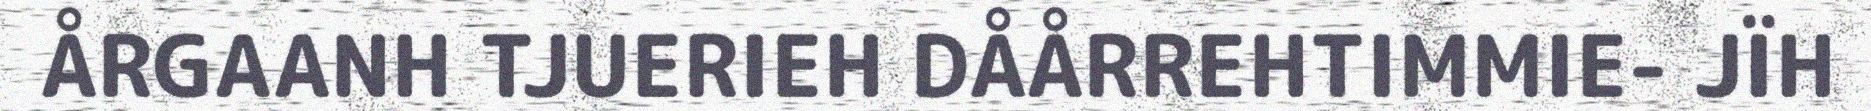
ÅRGAANH TJUERIEH DÅÅRREHTIMMIE- JÏH